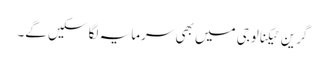
گرین ٹیکنالوجی میں بھی سرمایہ لگا سکیں گے۔